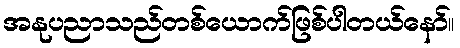
အနုပညာသည်တစ်ယောက်ဖြစ်ပါတယ်နော်။